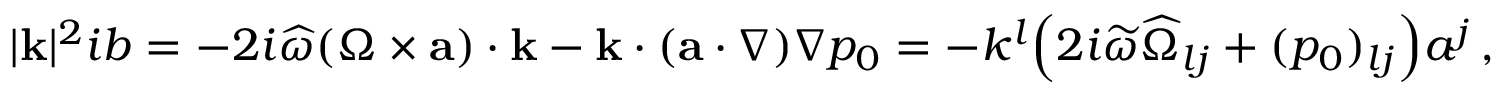
\begin{array} { r } { | { \mathbf { k } } | ^ { 2 } i b = - 2 i \widehat { \omega } ( \boldsymbol { \Omega } \times { \mathbf { a } } ) \cdot { \mathbf { k } } - { \mathbf { k } } \cdot ( { \mathbf { a } } \cdot \nabla ) \nabla p _ { 0 } = - k ^ { l } \Big ( 2 i \widetilde { \omega } \widehat { \Omega } _ { l j } + ( p _ { 0 } ) _ { l j } \Big ) a ^ { j } \, , } \end{array}